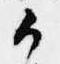
候